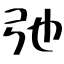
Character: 弛